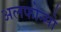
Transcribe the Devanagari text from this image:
अलफोन्सो